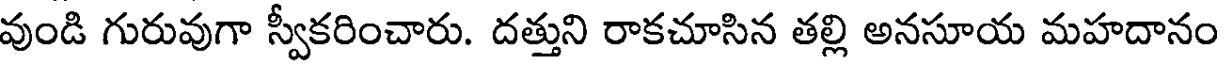
వుండి గురువుగా స్వీకరించారు. దత్తుని రాకచూసిన తల్లి అనసూయ మహదానం